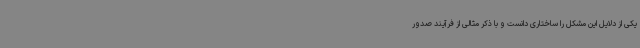
یکی از دلایل این مشکل را ساختاری دانست و با ذکر مثالی از فرآیند صدور